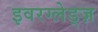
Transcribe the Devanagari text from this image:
इवरग्लेड्ज़